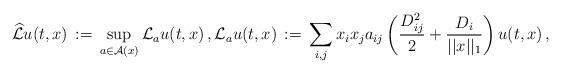
\begin{align*}\widehat{\mathcal{L}} u(t,x)\,:=\, \sup_{a\in \mathcal{A}(x)} \mathcal{L}_{a}u(t,x)\,, \mathcal{L}_{a}u(t,x)\,:=\,\sum_{i,j} x_i x_j a_{ij} \left(\frac{D^2_{ij}}{2} + \frac{D_i}{||x||_1}\right) u(t,x)\,,\end{align*}